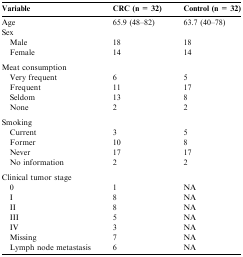
| Variable | CRC (n = 32) | Control (n = 32) |
 | --- | --- | --- |
 | Age | 65.9 (48–82) | 63.7 (40–78) |
 | Sex |  |  |
 | Male | 18 | 18 |
 | Female | 14 | 14 |
 | <COLSPAN=3>  |
 | Meat consumption |  |  |
 | Very frequent | 6 | 5 |
 | Frequent | 11 | 17 |
 | Seldom | 13 | 8 |
 | None | 2 | 2 |
 | <COLSPAN=3>  |
 | Smoking |  |  |
 | Current | 3 | 5 |
 | Former | 10 | 8 |
 | Never | 17 | 17 |
 | No information | 2 | 2 |
 | <COLSPAN=3>  |
 | Clinical tumor stage |  |  |
 | 0 | 1 | NA |
 | I | 8 | NA |
 | II | 8 | NA |
 | III | 5 | NA |
 | IV | 3 | NA |
 | Missing | 7 | NA |
 | Lymph node metastasis | 6 | NA |